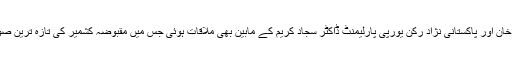
وزیراعظم راجہ فاروق حیدر خان اور پاکستانی نژاد رکن یورپی پارلیمنٹ ڈاکٹر سجاد کریم کے مابین بھی ملاقات ہوئی جس میں مقبوضہ کشمیر کی تازہ ترین صورتحال پر تبادلہ خیال کیا گیا۔